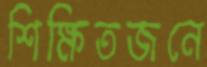
শিক্ষিতজনে